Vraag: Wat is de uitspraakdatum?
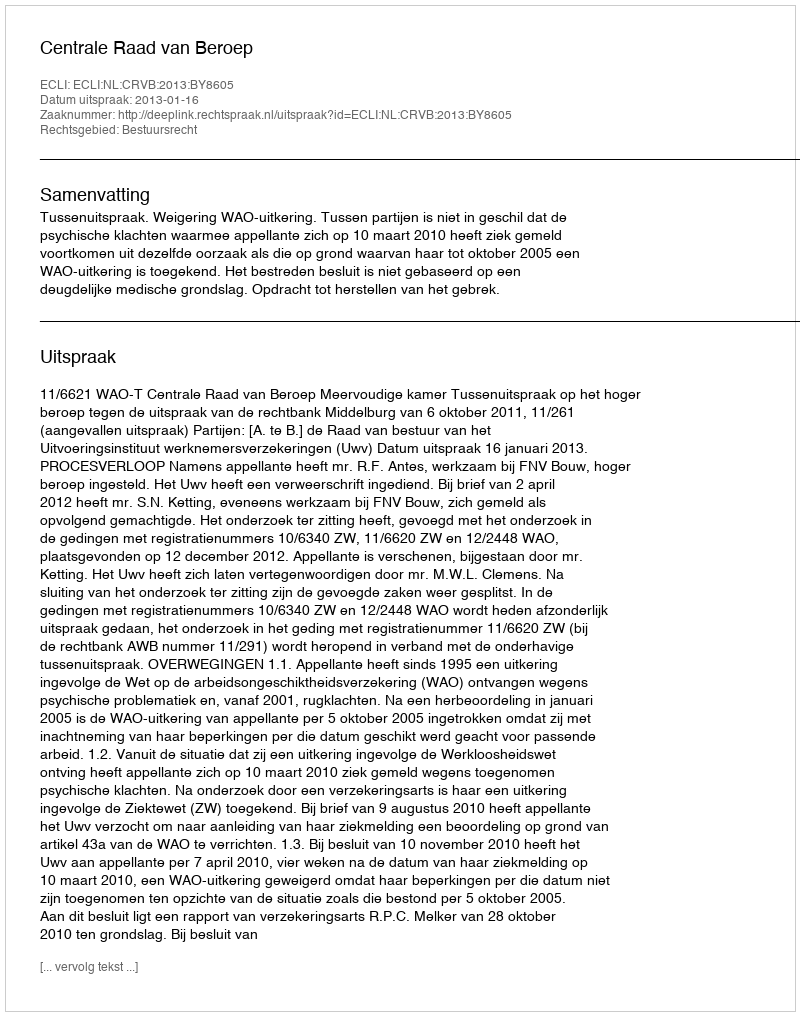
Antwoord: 2013-01-16